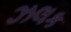
ઝલક